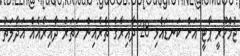
ޖުމްހޫރީ ޕާޓީ އަށް ކަނޑައެޅި 28 ދާއިރާގެ ތެރެއިން ހަތަރު ދާއިރާއެއް އަދާލަތު